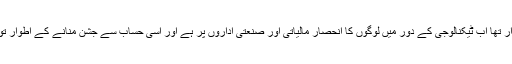
آج اور کل میں فرق صرف یہی ہے کہ پہلے زمین فصل اور کاشتکاری کے لئے قدرتی عوامل پردارومدار تھا اب ٹیکنالوجی کے دور میں لوگوں کا انحصار مالیاتی اور صنعتی اداروں پر ہے اور اسی حساب سے جشن منانے کے اطوار توبدل گئے ہیں مگر مقصد وہی ہے یعنی گزرے وقت کا حساب اور آنے والے وقت کے لئے عہد اور امید۔